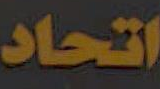
اتحاد